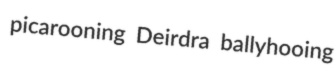
picarooning Deirdra ballyhooing